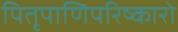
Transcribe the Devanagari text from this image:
पितृपाणिपरिष्कारो